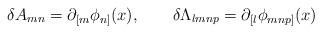
\begin{align*}\delta A_{mn}=\partial_{[m}\phi_{n]}(x),\qquad\delta \Lambda_{lmnp}=\partial_{[l}\phi_{mnp]}(x)\end{align*}